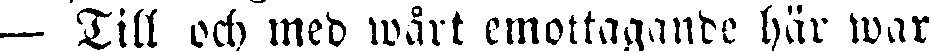
— Till och med wårt emottagande här war